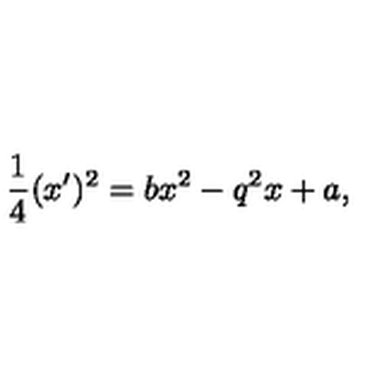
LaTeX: \frac { 1 } { 4 } ( x ^ { \prime } ) ^ { 2 } = b x ^ { 2 } - q ^ { 2 } x + a ,